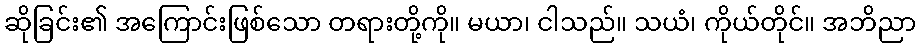
ဆိုခြင်း၏ အကြောင်းဖြစ်သော တရားတို့ကို။ မယာ၊ ငါသည်။ သယံ၊ ကိုယ်တိုင်။ အဘိညာ